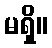
မရှိ။